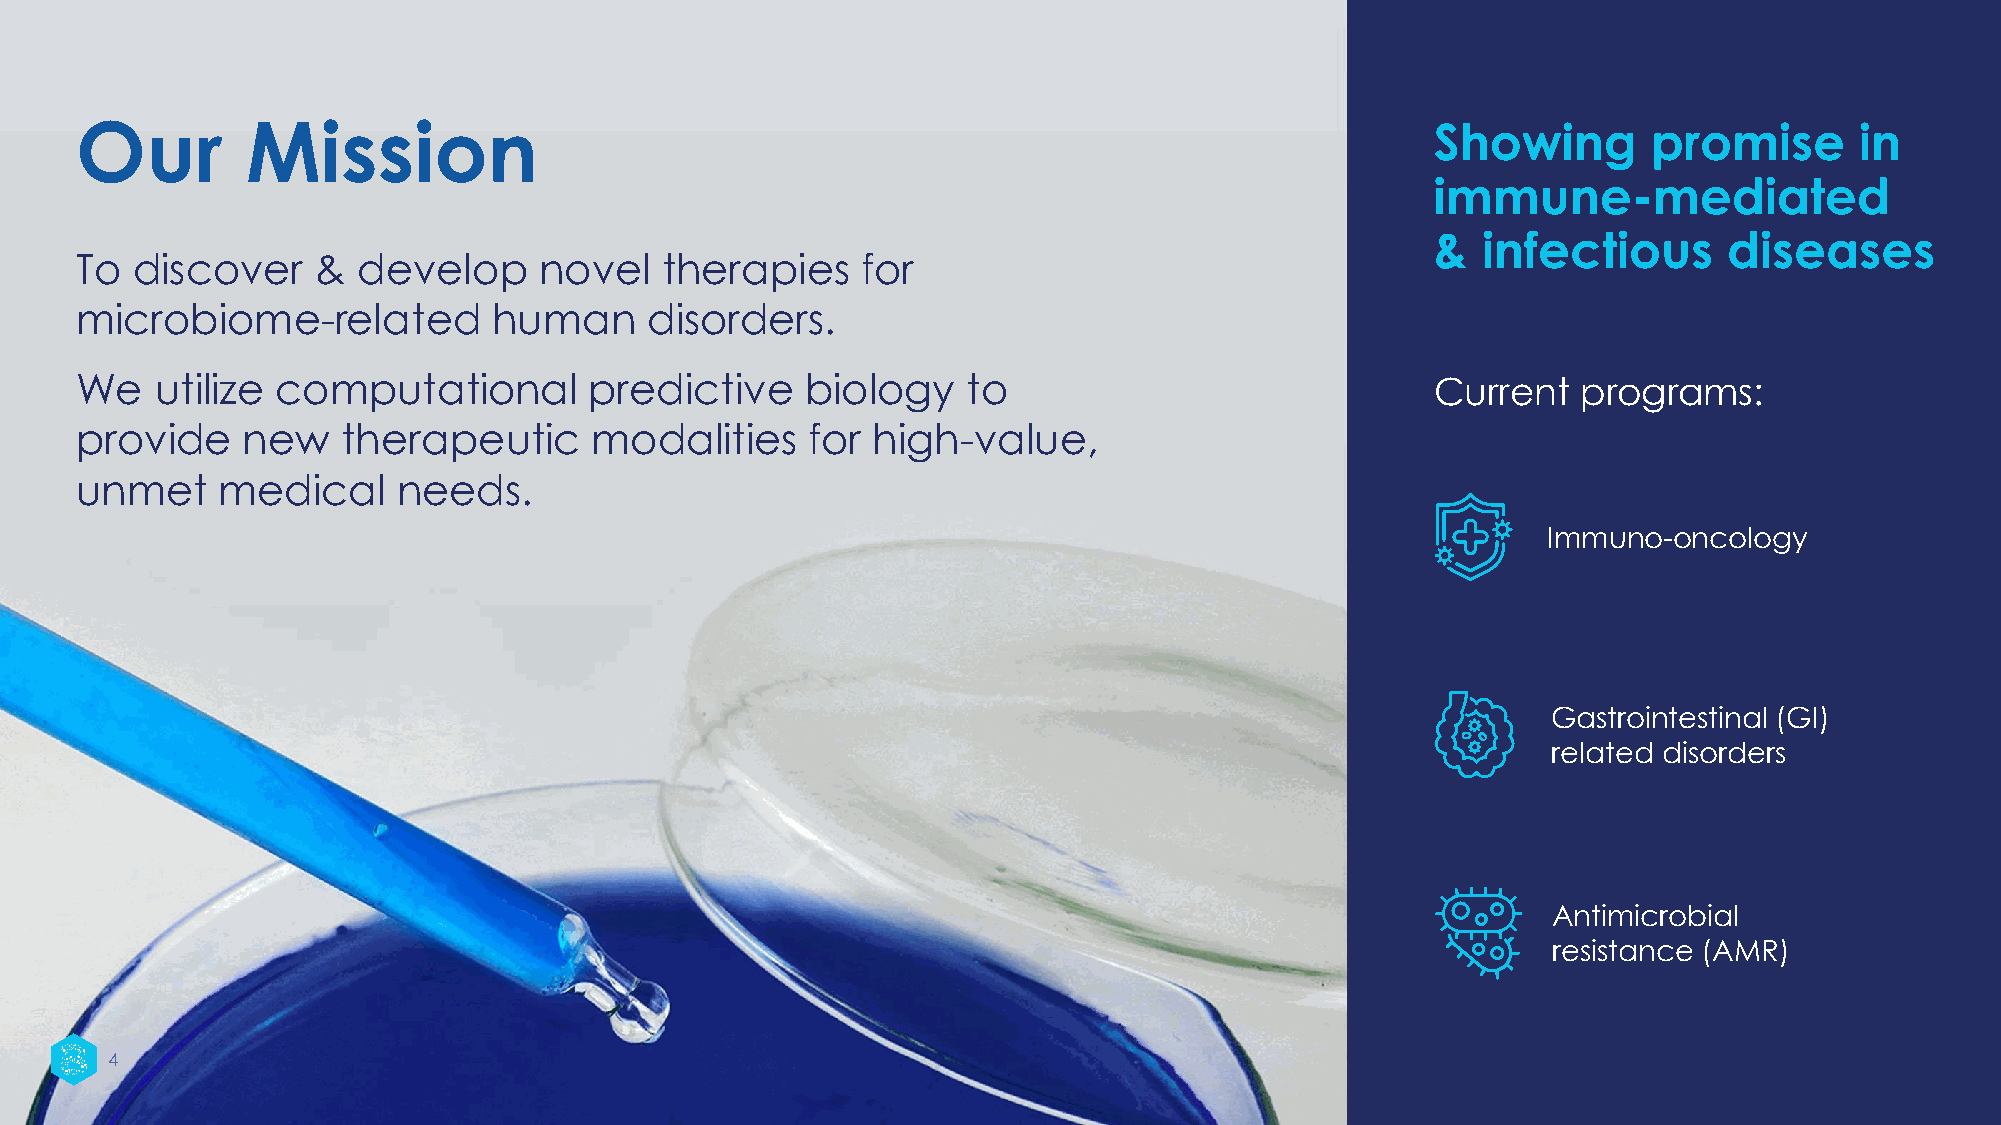
Our        Mission                                                                        Showing       promise       in
 immune-mediated
 &  infectious      diseases
 To  discover    &  develop     novel   therapies    for
 microbiome-related          human     disorders.
 We   utilize computational        predictive    biology    to                             Current   programs:
 provide    new    therapeutic     modalities    for  high-value,
 unmet    medical     needs.
 Immuno-oncology
 Gastrointestinal (GI)
 related disorders
 Antimicrobial
 resistance (AMR)
 4